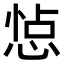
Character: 𢛈